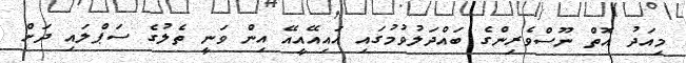
މިއަދު އޮތް ނޫސްވެރިންގެ ބައްދަލުވުމުގައި އައިއޭއީއޭ އިން ވަނީ ތެލުގެ ސަޕްލައި ދަށް